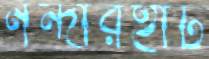
নন্দীরহাট